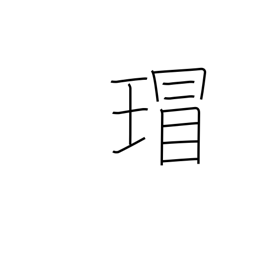
Meaning: ancient Chinese imperial jewels